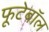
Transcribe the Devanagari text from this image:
फूटेबॉल